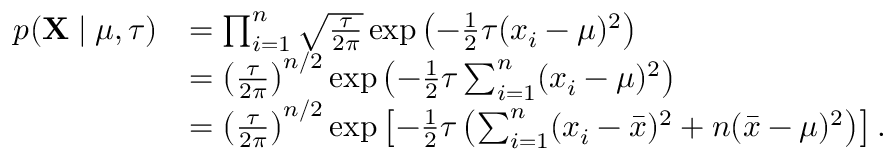
{ \begin{array} { r l } { p ( \mathbf { X } \mid \mu , \tau ) } & { = \prod _ { i = 1 } ^ { n } { \sqrt { \frac { \tau } { 2 \pi } } } \exp \left( - { \frac { 1 } { 2 } } \tau ( x _ { i } - \mu ) ^ { 2 } \right) } \\ & { = \left( { \frac { \tau } { 2 \pi } } \right) ^ { n / 2 } \exp \left( - { \frac { 1 } { 2 } } \tau \sum _ { i = 1 } ^ { n } ( x _ { i } - \mu ) ^ { 2 } \right) } \\ & { = \left( { \frac { \tau } { 2 \pi } } \right) ^ { n / 2 } \exp \left[ - { \frac { 1 } { 2 } } \tau \left( \sum _ { i = 1 } ^ { n } ( x _ { i } - { \bar { x } } ) ^ { 2 } + n ( { \bar { x } } - \mu ) ^ { 2 } \right) \right] . } \end{array} }